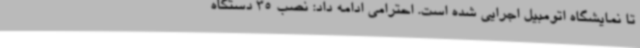
تا نمایشگاه اتومبیل اجرایی شده است. احترامی ادامه داد: نصب 35 دستگاه